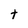
Character: t